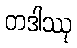
တဒါဿု